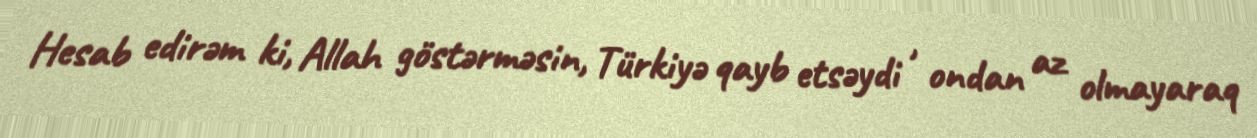
Hesab edirəm ki, Allah göstərməsin, Türkiyə qayb etsəydi , ondan az olmayaraq